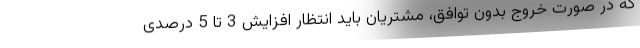
که در صورت خروج بدون توافق، مشتریان باید انتظار افزایش 3 تا 5 درصدی